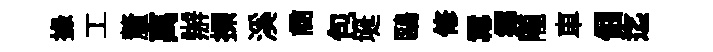
掾工釐离辦探溪商包埏鷗修羃鄊隴車倔迄